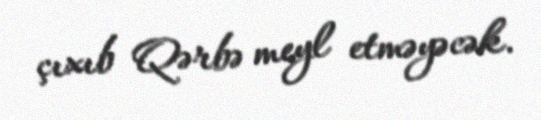
çıxıb Qərbə meyl etməyəcək.